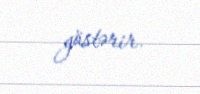
göstərir.